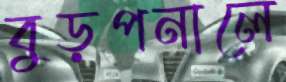
বুড়পনালে